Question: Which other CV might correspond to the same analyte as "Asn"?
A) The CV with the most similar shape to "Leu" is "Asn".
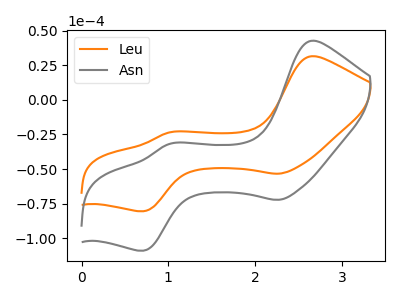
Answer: <think>The orange curve "Leu" has anodic peaks at (2.65V, 31.50uA) (1.00V, -23.50uA) and cathodic peaks at (2.25V, -53.30uA) (0.70V, -80.40uA). The gray curve "Asn" has anodic peaks at (2.65V, 42.65uA) (1.00V, -31.85uA) and cathodic peaks at (2.25V, -72.15uA) (0.70V, -108.90uA).
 All the peaks in "Leu" have a peak in "Asn" at the same potential.</think>
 <answer>A) The CV with the most similar shape to "Leu" is "Asn".</answer>
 <eval>A</eval>